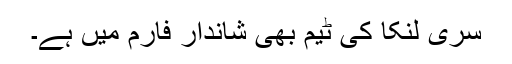
سری لنکا کی ٹیم بھی شاندار فارم میں ہے۔